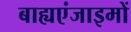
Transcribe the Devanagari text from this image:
बाह्यएंजाइमों